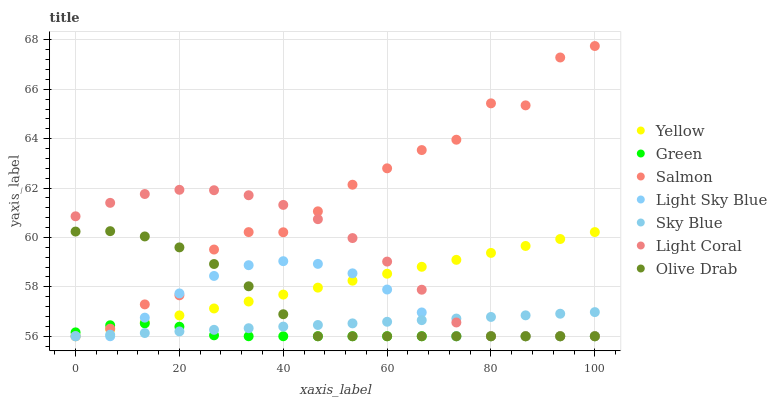
| xaxis_label | Yellow | Green | Salmon | Light Sky Blue | Sky Blue | Light Coral | Olive Drab |
 | --- | --- | --- | --- | --- | --- | --- | --- |
 | 0 | 56 | 56.2 | 56 | 56 | 56 | 60.9 | 60.2 |
 | 6.67 | 56.3 | 56.4 | 56.3 | 56 | 56.1 | 61.4 | 60.3 |
 | 13.3 | 56.6 | 56.5 | 57.3 | 56.8 | 56.1 | 61.8 | 60 |
 | 20 | 56.8 | 56.4 | 57.7 | 57.7 | 56.2 | 61.9 | 59.6 |
 | 26.7 | 57.1 | 56 | 59.5 | 58.4 | 56.3 | 61.9 | 58.9 |
 | 33.3 | 57.4 | 56 | 60.2 | 58.9 | 56.3 | 61.7 | 58 |
 | 40 | 57.7 | 56 | 60.2 | 59 | 56.4 | 61.3 | 56.9 |
 | 46.7 | 58 | 56 | 61.1 | 58.9 | 56.5 | 60.7 | 56 |
 | 53.3 | 58.2 | 56 | 62.1 | 58.5 | 56.5 | 60 | 56 |
 | 60 | 58.5 | 56 | 62.8 | 57.9 | 56.6 | 59 | 56 |
 | 66.7 | 58.8 | 56 | 63.5 | 57 | 56.7 | 57.9 | 56 |
 | 73.3 | 59.1 | 56 | 64 | 56 | 56.7 | 56.6 | 56 |
 | 80 | 59.4 | 56 | 65.4 | 56 | 56.8 | 56 | 56 |
 | 86.7 | 59.7 | 56 | 65.3 | 56 | 56.8 | 56 | 56 |
 | 93.3 | 59.9 | 56 | 67.3 | 56 | 56.9 | 56 | 56 |
 | 100 | 60.2 | 56 | 67.8 | 56 | 57 | 56 | 56 |